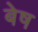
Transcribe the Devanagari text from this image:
बेष